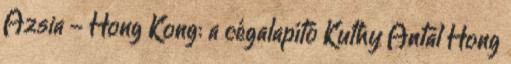
Azsia - Hong Kong: a cégalapító Kuthy Antal Hong